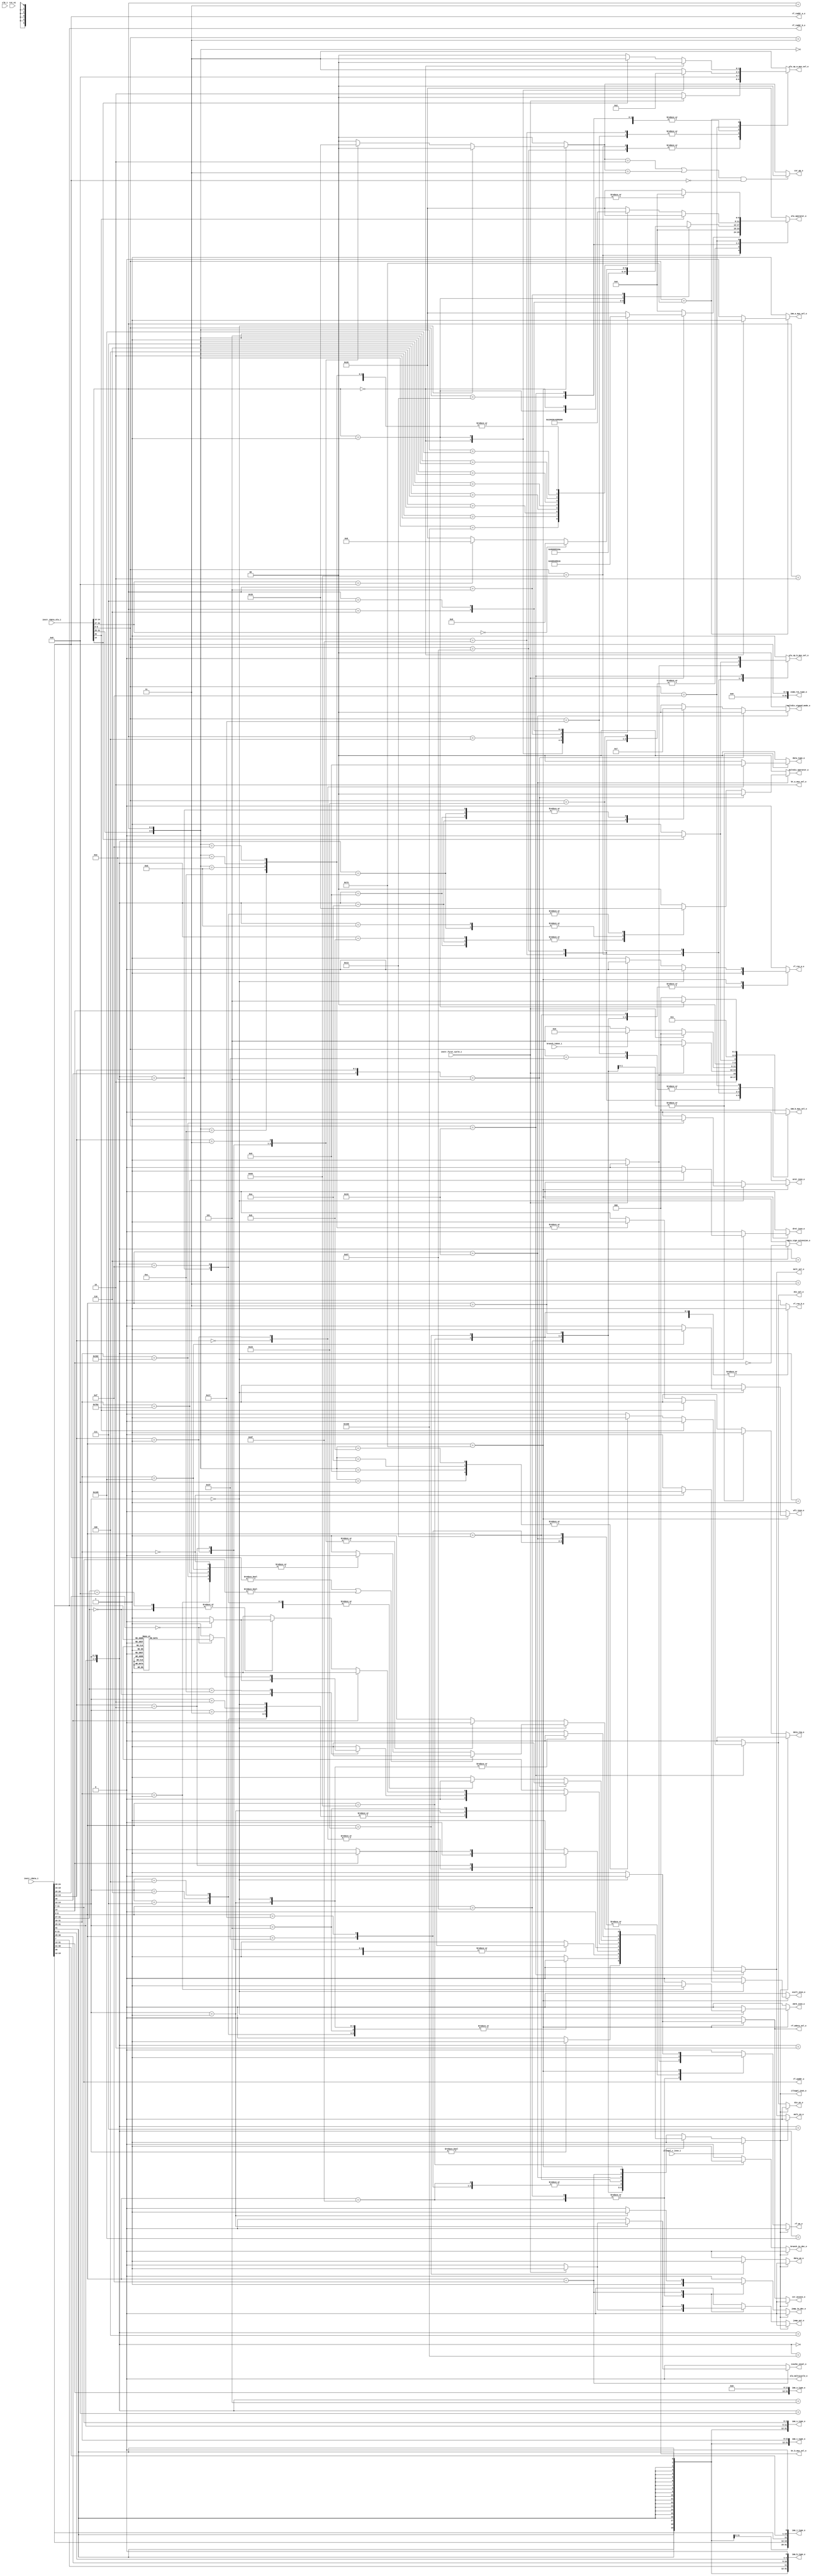
module ibex_decoder (
	clk_i,
	rst_ni,
	illegal_insn_o,
	ebrk_insn_o,
	mret_insn_o,
	dret_insn_o,
	ecall_insn_o,
	wfi_insn_o,
	jump_set_o,
	branch_taken_i,
	icache_inval_o,
	instr_first_cycle_i,
	instr_rdata_i,
	instr_rdata_alu_i,
	illegal_c_insn_i,
	imm_a_mux_sel_o,
	imm_b_mux_sel_o,
	bt_a_mux_sel_o,
	bt_b_mux_sel_o,
	imm_i_type_o,
	imm_s_type_o,
	imm_b_type_o,
	imm_u_type_o,
	imm_j_type_o,
	zimm_rs1_type_o,
	rf_wdata_sel_o,
	rf_we_o,
	rf_raddr_a_o,
	rf_raddr_b_o,
	rf_waddr_o,
	rf_ren_a_o,
	rf_ren_b_o,
	alu_operator_o,
	alu_op_a_mux_sel_o,
	alu_op_b_mux_sel_o,
	alu_multicycle_o,
	mult_en_o,
	div_en_o,
	mult_sel_o,
	div_sel_o,
	multdiv_operator_o,
	multdiv_signed_mode_o,
	csr_access_o,
	csr_op_o,
	data_req_o,
	data_we_o,
	data_type_o,
	data_sign_extension_o,
	jump_in_dec_o,
	branch_in_dec_o
);
	parameter [0:0] RV32E = 0;
	localparam integer ibex_pkg_RV32MFast = 2;
	parameter integer RV32M = ibex_pkg_RV32MFast;
	localparam integer ibex_pkg_RV32BNone = 0;
	parameter integer RV32B = ibex_pkg_RV32BNone;
	parameter [0:0] BranchTargetALU = 0;
	input wire clk_i;
	input wire rst_ni;
	output wire illegal_insn_o;
	output reg ebrk_insn_o;
	output reg mret_insn_o;
	output reg dret_insn_o;
	output reg ecall_insn_o;
	output reg wfi_insn_o;
	output reg jump_set_o;
	input wire branch_taken_i;
	output reg icache_inval_o;
	input wire instr_first_cycle_i;
	input wire [31:0] instr_rdata_i;
	input wire [31:0] instr_rdata_alu_i;
	input wire illegal_c_insn_i;
	output reg imm_a_mux_sel_o;
	output reg [2:0] imm_b_mux_sel_o;
	output reg [1:0] bt_a_mux_sel_o;
	output reg [2:0] bt_b_mux_sel_o;
	output wire [31:0] imm_i_type_o;
	output wire [31:0] imm_s_type_o;
	output wire [31:0] imm_b_type_o;
	output wire [31:0] imm_u_type_o;
	output wire [31:0] imm_j_type_o;
	output wire [31:0] zimm_rs1_type_o;
	output reg rf_wdata_sel_o;
	output wire rf_we_o;
	output wire [4:0] rf_raddr_a_o;
	output wire [4:0] rf_raddr_b_o;
	output wire [4:0] rf_waddr_o;
	output reg rf_ren_a_o;
	output reg rf_ren_b_o;
	output reg [5:0] alu_operator_o;
	output reg [1:0] alu_op_a_mux_sel_o;
	output reg alu_op_b_mux_sel_o;
	output reg alu_multicycle_o;
	output wire mult_en_o;
	output wire div_en_o;
	output reg mult_sel_o;
	output reg div_sel_o;
	output reg [1:0] multdiv_operator_o;
	output reg [1:0] multdiv_signed_mode_o;
	output reg csr_access_o;
	output reg [1:0] csr_op_o;
	output reg data_req_o;
	output reg data_we_o;
	output reg [1:0] data_type_o;
	output reg data_sign_extension_o;
	output reg jump_in_dec_o;
	output reg branch_in_dec_o;
	localparam integer RegFileFF = 0;
	localparam integer RegFileFPGA = 1;
	localparam integer RegFileLatch = 2;
	localparam integer RV32MNone = 0;
	localparam integer RV32MSlow = 1;
	localparam integer RV32MFast = 2;
	localparam integer RV32MSingleCycle = 3;
	localparam integer RV32BNone = 0;
	localparam integer RV32BBalanced = 1;
	localparam integer RV32BFull = 2;
	localparam [6:0] OPCODE_LOAD = 7'h03;
	localparam [6:0] OPCODE_MISC_MEM = 7'h0f;
	localparam [6:0] OPCODE_OP_IMM = 7'h13;
	localparam [6:0] OPCODE_AUIPC = 7'h17;
	localparam [6:0] OPCODE_STORE = 7'h23;
	localparam [6:0] OPCODE_OP = 7'h33;
	localparam [6:0] OPCODE_LUI = 7'h37;
	localparam [6:0] OPCODE_BRANCH = 7'h63;
	localparam [6:0] OPCODE_JALR = 7'h67;
	localparam [6:0] OPCODE_JAL = 7'h6f;
	localparam [6:0] OPCODE_SYSTEM = 7'h73;
	localparam [5:0] ALU_ADD = 0;
	localparam [5:0] ALU_SUB = 1;
	localparam [5:0] ALU_XOR = 2;
	localparam [5:0] ALU_OR = 3;
	localparam [5:0] ALU_AND = 4;
	localparam [5:0] ALU_XNOR = 5;
	localparam [5:0] ALU_ORN = 6;
	localparam [5:0] ALU_ANDN = 7;
	localparam [5:0] ALU_SRA = 8;
	localparam [5:0] ALU_SRL = 9;
	localparam [5:0] ALU_SLL = 10;
	localparam [5:0] ALU_SRO = 11;
	localparam [5:0] ALU_SLO = 12;
	localparam [5:0] ALU_ROR = 13;
	localparam [5:0] ALU_ROL = 14;
	localparam [5:0] ALU_GREV = 15;
	localparam [5:0] ALU_GORC = 16;
	localparam [5:0] ALU_SHFL = 17;
	localparam [5:0] ALU_UNSHFL = 18;
	localparam [5:0] ALU_LT = 19;
	localparam [5:0] ALU_LTU = 20;
	localparam [5:0] ALU_GE = 21;
	localparam [5:0] ALU_GEU = 22;
	localparam [5:0] ALU_EQ = 23;
	localparam [5:0] ALU_NE = 24;
	localparam [5:0] ALU_MIN = 25;
	localparam [5:0] ALU_MINU = 26;
	localparam [5:0] ALU_MAX = 27;
	localparam [5:0] ALU_MAXU = 28;
	localparam [5:0] ALU_PACK = 29;
	localparam [5:0] ALU_PACKU = 30;
	localparam [5:0] ALU_PACKH = 31;
	localparam [5:0] ALU_SEXTB = 32;
	localparam [5:0] ALU_SEXTH = 33;
	localparam [5:0] ALU_CLZ = 34;
	localparam [5:0] ALU_CTZ = 35;
	localparam [5:0] ALU_PCNT = 36;
	localparam [5:0] ALU_SLT = 37;
	localparam [5:0] ALU_SLTU = 38;
	localparam [5:0] ALU_CMOV = 39;
	localparam [5:0] ALU_CMIX = 40;
	localparam [5:0] ALU_FSL = 41;
	localparam [5:0] ALU_FSR = 42;
	localparam [5:0] ALU_SBSET = 43;
	localparam [5:0] ALU_SBCLR = 44;
	localparam [5:0] ALU_SBINV = 45;
	localparam [5:0] ALU_SBEXT = 46;
	localparam [5:0] ALU_BEXT = 47;
	localparam [5:0] ALU_BDEP = 48;
	localparam [5:0] ALU_BFP = 49;
	localparam [5:0] ALU_CLMUL = 50;
	localparam [5:0] ALU_CLMULR = 51;
	localparam [5:0] ALU_CLMULH = 52;
	localparam [5:0] ALU_CRC32_B = 53;
	localparam [5:0] ALU_CRC32C_B = 54;
	localparam [5:0] ALU_CRC32_H = 55;
	localparam [5:0] ALU_CRC32C_H = 56;
	localparam [5:0] ALU_CRC32_W = 57;
	localparam [5:0] ALU_CRC32C_W = 58;
	localparam [1:0] MD_OP_MULL = 0;
	localparam [1:0] MD_OP_MULH = 1;
	localparam [1:0] MD_OP_DIV = 2;
	localparam [1:0] MD_OP_REM = 3;
	localparam [1:0] CSR_OP_READ = 0;
	localparam [1:0] CSR_OP_WRITE = 1;
	localparam [1:0] CSR_OP_SET = 2;
	localparam [1:0] CSR_OP_CLEAR = 3;
	localparam [1:0] PRIV_LVL_M = 2'b11;
	localparam [1:0] PRIV_LVL_H = 2'b10;
	localparam [1:0] PRIV_LVL_S = 2'b01;
	localparam [1:0] PRIV_LVL_U = 2'b00;
	localparam [3:0] XDEBUGVER_NO = 4'd0;
	localparam [3:0] XDEBUGVER_STD = 4'd4;
	localparam [3:0] XDEBUGVER_NONSTD = 4'd15;
	localparam [1:0] WB_INSTR_LOAD = 0;
	localparam [1:0] WB_INSTR_STORE = 1;
	localparam [1:0] WB_INSTR_OTHER = 2;
	localparam [1:0] OP_A_REG_A = 0;
	localparam [1:0] OP_A_FWD = 1;
	localparam [1:0] OP_A_CURRPC = 2;
	localparam [1:0] OP_A_IMM = 3;
	localparam [0:0] IMM_A_Z = 0;
	localparam [0:0] IMM_A_ZERO = 1;
	localparam [0:0] OP_B_REG_B = 0;
	localparam [0:0] OP_B_IMM = 1;
	localparam [2:0] IMM_B_I = 0;
	localparam [2:0] IMM_B_S = 1;
	localparam [2:0] IMM_B_B = 2;
	localparam [2:0] IMM_B_U = 3;
	localparam [2:0] IMM_B_J = 4;
	localparam [2:0] IMM_B_INCR_PC = 5;
	localparam [2:0] IMM_B_INCR_ADDR = 6;
	localparam [0:0] RF_WD_EX = 0;
	localparam [0:0] RF_WD_CSR = 1;
	localparam [2:0] PC_BOOT = 0;
	localparam [2:0] PC_JUMP = 1;
	localparam [2:0] PC_EXC = 2;
	localparam [2:0] PC_ERET = 3;
	localparam [2:0] PC_DRET = 4;
	localparam [2:0] PC_BP = 5;
	localparam [1:0] EXC_PC_EXC = 0;
	localparam [1:0] EXC_PC_IRQ = 1;
	localparam [1:0] EXC_PC_DBD = 2;
	localparam [1:0] EXC_PC_DBG_EXC = 3;
	localparam [5:0] EXC_CAUSE_IRQ_SOFTWARE_M = {1'b1, 5'd3};
	localparam [5:0] EXC_CAUSE_IRQ_TIMER_M = {1'b1, 5'd7};
	localparam [5:0] EXC_CAUSE_IRQ_EXTERNAL_M = {1'b1, 5'd11};
	localparam [5:0] EXC_CAUSE_IRQ_NM = {1'b1, 5'd31};
	localparam [5:0] EXC_CAUSE_INSN_ADDR_MISA = {1'b0, 5'd0};
	localparam [5:0] EXC_CAUSE_INSTR_ACCESS_FAULT = {1'b0, 5'd1};
	localparam [5:0] EXC_CAUSE_ILLEGAL_INSN = {1'b0, 5'd2};
	localparam [5:0] EXC_CAUSE_BREAKPOINT = {1'b0, 5'd3};
	localparam [5:0] EXC_CAUSE_LOAD_ACCESS_FAULT = {1'b0, 5'd5};
	localparam [5:0] EXC_CAUSE_STORE_ACCESS_FAULT = {1'b0, 5'd7};
	localparam [5:0] EXC_CAUSE_ECALL_UMODE = {1'b0, 5'd8};
	localparam [5:0] EXC_CAUSE_ECALL_MMODE = {1'b0, 5'd11};
	localparam [2:0] DBG_CAUSE_NONE = 3'h0;
	localparam [2:0] DBG_CAUSE_EBREAK = 3'h1;
	localparam [2:0] DBG_CAUSE_TRIGGER = 3'h2;
	localparam [2:0] DBG_CAUSE_HALTREQ = 3'h3;
	localparam [2:0] DBG_CAUSE_STEP = 3'h4;
	localparam [31:0] PMP_MAX_REGIONS = 16;
	localparam [31:0] PMP_CFG_W = 8;
	localparam [31:0] PMP_I = 0;
	localparam [31:0] PMP_D = 1;
	localparam [1:0] PMP_ACC_EXEC = 2'b00;
	localparam [1:0] PMP_ACC_WRITE = 2'b01;
	localparam [1:0] PMP_ACC_READ = 2'b10;
	localparam [1:0] PMP_MODE_OFF = 2'b00;
	localparam [1:0] PMP_MODE_TOR = 2'b01;
	localparam [1:0] PMP_MODE_NA4 = 2'b10;
	localparam [1:0] PMP_MODE_NAPOT = 2'b11;
	localparam [11:0] CSR_MHARTID = 12'hf14;
	localparam [11:0] CSR_MSTATUS = 12'h300;
	localparam [11:0] CSR_MISA = 12'h301;
	localparam [11:0] CSR_MIE = 12'h304;
	localparam [11:0] CSR_MTVEC = 12'h305;
	localparam [11:0] CSR_MSCRATCH = 12'h340;
	localparam [11:0] CSR_MEPC = 12'h341;
	localparam [11:0] CSR_MCAUSE = 12'h342;
	localparam [11:0] CSR_MTVAL = 12'h343;
	localparam [11:0] CSR_MIP = 12'h344;
	localparam [11:0] CSR_PMPCFG0 = 12'h3a0;
	localparam [11:0] CSR_PMPCFG1 = 12'h3a1;
	localparam [11:0] CSR_PMPCFG2 = 12'h3a2;
	localparam [11:0] CSR_PMPCFG3 = 12'h3a3;
	localparam [11:0] CSR_PMPADDR0 = 12'h3b0;
	localparam [11:0] CSR_PMPADDR1 = 12'h3b1;
	localparam [11:0] CSR_PMPADDR2 = 12'h3b2;
	localparam [11:0] CSR_PMPADDR3 = 12'h3b3;
	localparam [11:0] CSR_PMPADDR4 = 12'h3b4;
	localparam [11:0] CSR_PMPADDR5 = 12'h3b5;
	localparam [11:0] CSR_PMPADDR6 = 12'h3b6;
	localparam [11:0] CSR_PMPADDR7 = 12'h3b7;
	localparam [11:0] CSR_PMPADDR8 = 12'h3b8;
	localparam [11:0] CSR_PMPADDR9 = 12'h3b9;
	localparam [11:0] CSR_PMPADDR10 = 12'h3ba;
	localparam [11:0] CSR_PMPADDR11 = 12'h3bb;
	localparam [11:0] CSR_PMPADDR12 = 12'h3bc;
	localparam [11:0] CSR_PMPADDR13 = 12'h3bd;
	localparam [11:0] CSR_PMPADDR14 = 12'h3be;
	localparam [11:0] CSR_PMPADDR15 = 12'h3bf;
	localparam [11:0] CSR_TSELECT = 12'h7a0;
	localparam [11:0] CSR_TDATA1 = 12'h7a1;
	localparam [11:0] CSR_TDATA2 = 12'h7a2;
	localparam [11:0] CSR_TDATA3 = 12'h7a3;
	localparam [11:0] CSR_MCONTEXT = 12'h7a8;
	localparam [11:0] CSR_SCONTEXT = 12'h7aa;
	localparam [11:0] CSR_DCSR = 12'h7b0;
	localparam [11:0] CSR_DPC = 12'h7b1;
	localparam [11:0] CSR_DSCRATCH0 = 12'h7b2;
	localparam [11:0] CSR_DSCRATCH1 = 12'h7b3;
	localparam [11:0] CSR_MCOUNTINHIBIT = 12'h320;
	localparam [11:0] CSR_MHPMEVENT3 = 12'h323;
	localparam [11:0] CSR_MHPMEVENT4 = 12'h324;
	localparam [11:0] CSR_MHPMEVENT5 = 12'h325;
	localparam [11:0] CSR_MHPMEVENT6 = 12'h326;
	localparam [11:0] CSR_MHPMEVENT7 = 12'h327;
	localparam [11:0] CSR_MHPMEVENT8 = 12'h328;
	localparam [11:0] CSR_MHPMEVENT9 = 12'h329;
	localparam [11:0] CSR_MHPMEVENT10 = 12'h32a;
	localparam [11:0] CSR_MHPMEVENT11 = 12'h32b;
	localparam [11:0] CSR_MHPMEVENT12 = 12'h32c;
	localparam [11:0] CSR_MHPMEVENT13 = 12'h32d;
	localparam [11:0] CSR_MHPMEVENT14 = 12'h32e;
	localparam [11:0] CSR_MHPMEVENT15 = 12'h32f;
	localparam [11:0] CSR_MHPMEVENT16 = 12'h330;
	localparam [11:0] CSR_MHPMEVENT17 = 12'h331;
	localparam [11:0] CSR_MHPMEVENT18 = 12'h332;
	localparam [11:0] CSR_MHPMEVENT19 = 12'h333;
	localparam [11:0] CSR_MHPMEVENT20 = 12'h334;
	localparam [11:0] CSR_MHPMEVENT21 = 12'h335;
	localparam [11:0] CSR_MHPMEVENT22 = 12'h336;
	localparam [11:0] CSR_MHPMEVENT23 = 12'h337;
	localparam [11:0] CSR_MHPMEVENT24 = 12'h338;
	localparam [11:0] CSR_MHPMEVENT25 = 12'h339;
	localparam [11:0] CSR_MHPMEVENT26 = 12'h33a;
	localparam [11:0] CSR_MHPMEVENT27 = 12'h33b;
	localparam [11:0] CSR_MHPMEVENT28 = 12'h33c;
	localparam [11:0] CSR_MHPMEVENT29 = 12'h33d;
	localparam [11:0] CSR_MHPMEVENT30 = 12'h33e;
	localparam [11:0] CSR_MHPMEVENT31 = 12'h33f;
	localparam [11:0] CSR_MCYCLE = 12'hb00;
	localparam [11:0] CSR_MINSTRET = 12'hb02;
	localparam [11:0] CSR_MHPMCOUNTER3 = 12'hb03;
	localparam [11:0] CSR_MHPMCOUNTER4 = 12'hb04;
	localparam [11:0] CSR_MHPMCOUNTER5 = 12'hb05;
	localparam [11:0] CSR_MHPMCOUNTER6 = 12'hb06;
	localparam [11:0] CSR_MHPMCOUNTER7 = 12'hb07;
	localparam [11:0] CSR_MHPMCOUNTER8 = 12'hb08;
	localparam [11:0] CSR_MHPMCOUNTER9 = 12'hb09;
	localparam [11:0] CSR_MHPMCOUNTER10 = 12'hb0a;
	localparam [11:0] CSR_MHPMCOUNTER11 = 12'hb0b;
	localparam [11:0] CSR_MHPMCOUNTER12 = 12'hb0c;
	localparam [11:0] CSR_MHPMCOUNTER13 = 12'hb0d;
	localparam [11:0] CSR_MHPMCOUNTER14 = 12'hb0e;
	localparam [11:0] CSR_MHPMCOUNTER15 = 12'hb0f;
	localparam [11:0] CSR_MHPMCOUNTER16 = 12'hb10;
	localparam [11:0] CSR_MHPMCOUNTER17 = 12'hb11;
	localparam [11:0] CSR_MHPMCOUNTER18 = 12'hb12;
	localparam [11:0] CSR_MHPMCOUNTER19 = 12'hb13;
	localparam [11:0] CSR_MHPMCOUNTER20 = 12'hb14;
	localparam [11:0] CSR_MHPMCOUNTER21 = 12'hb15;
	localparam [11:0] CSR_MHPMCOUNTER22 = 12'hb16;
	localparam [11:0] CSR_MHPMCOUNTER23 = 12'hb17;
	localparam [11:0] CSR_MHPMCOUNTER24 = 12'hb18;
	localparam [11:0] CSR_MHPMCOUNTER25 = 12'hb19;
	localparam [11:0] CSR_MHPMCOUNTER26 = 12'hb1a;
	localparam [11:0] CSR_MHPMCOUNTER27 = 12'hb1b;
	localparam [11:0] CSR_MHPMCOUNTER28 = 12'hb1c;
	localparam [11:0] CSR_MHPMCOUNTER29 = 12'hb1d;
	localparam [11:0] CSR_MHPMCOUNTER30 = 12'hb1e;
	localparam [11:0] CSR_MHPMCOUNTER31 = 12'hb1f;
	localparam [11:0] CSR_MCYCLEH = 12'hb80;
	localparam [11:0] CSR_MINSTRETH = 12'hb82;
	localparam [11:0] CSR_MHPMCOUNTER3H = 12'hb83;
	localparam [11:0] CSR_MHPMCOUNTER4H = 12'hb84;
	localparam [11:0] CSR_MHPMCOUNTER5H = 12'hb85;
	localparam [11:0] CSR_MHPMCOUNTER6H = 12'hb86;
	localparam [11:0] CSR_MHPMCOUNTER7H = 12'hb87;
	localparam [11:0] CSR_MHPMCOUNTER8H = 12'hb88;
	localparam [11:0] CSR_MHPMCOUNTER9H = 12'hb89;
	localparam [11:0] CSR_MHPMCOUNTER10H = 12'hb8a;
	localparam [11:0] CSR_MHPMCOUNTER11H = 12'hb8b;
	localparam [11:0] CSR_MHPMCOUNTER12H = 12'hb8c;
	localparam [11:0] CSR_MHPMCOUNTER13H = 12'hb8d;
	localparam [11:0] CSR_MHPMCOUNTER14H = 12'hb8e;
	localparam [11:0] CSR_MHPMCOUNTER15H = 12'hb8f;
	localparam [11:0] CSR_MHPMCOUNTER16H = 12'hb90;
	localparam [11:0] CSR_MHPMCOUNTER17H = 12'hb91;
	localparam [11:0] CSR_MHPMCOUNTER18H = 12'hb92;
	localparam [11:0] CSR_MHPMCOUNTER19H = 12'hb93;
	localparam [11:0] CSR_MHPMCOUNTER20H = 12'hb94;
	localparam [11:0] CSR_MHPMCOUNTER21H = 12'hb95;
	localparam [11:0] CSR_MHPMCOUNTER22H = 12'hb96;
	localparam [11:0] CSR_MHPMCOUNTER23H = 12'hb97;
	localparam [11:0] CSR_MHPMCOUNTER24H = 12'hb98;
	localparam [11:0] CSR_MHPMCOUNTER25H = 12'hb99;
	localparam [11:0] CSR_MHPMCOUNTER26H = 12'hb9a;
	localparam [11:0] CSR_MHPMCOUNTER27H = 12'hb9b;
	localparam [11:0] CSR_MHPMCOUNTER28H = 12'hb9c;
	localparam [11:0] CSR_MHPMCOUNTER29H = 12'hb9d;
	localparam [11:0] CSR_MHPMCOUNTER30H = 12'hb9e;
	localparam [11:0] CSR_MHPMCOUNTER31H = 12'hb9f;
	localparam [11:0] CSR_CPUCTRL = 12'h7c0;
	localparam [11:0] CSR_SECURESEED = 12'h7c1;
	localparam [11:0] CSR_OFF_PMP_CFG = 12'h3a0;
	localparam [11:0] CSR_OFF_PMP_ADDR = 12'h3b0;
	localparam [31:0] CSR_MSTATUS_MIE_BIT = 3;
	localparam [31:0] CSR_MSTATUS_MPIE_BIT = 7;
	localparam [31:0] CSR_MSTATUS_MPP_BIT_LOW = 11;
	localparam [31:0] CSR_MSTATUS_MPP_BIT_HIGH = 12;
	localparam [31:0] CSR_MSTATUS_MPRV_BIT = 17;
	localparam [31:0] CSR_MSTATUS_TW_BIT = 21;
	localparam [1:0] CSR_MISA_MXL = 2'd1;
	localparam [31:0] CSR_MSIX_BIT = 3;
	localparam [31:0] CSR_MTIX_BIT = 7;
	localparam [31:0] CSR_MEIX_BIT = 11;
	localparam [31:0] CSR_MFIX_BIT_LOW = 16;
	localparam [31:0] CSR_MFIX_BIT_HIGH = 30;
	reg illegal_insn;
	wire illegal_reg_rv32e;
	reg csr_illegal;
	reg rf_we;
	wire [31:0] instr;
	wire [31:0] instr_alu;
	wire [9:0] unused_instr_alu;
	wire [4:0] instr_rs1;
	wire [4:0] instr_rs2;
	wire [4:0] instr_rs3;
	wire [4:0] instr_rd;
	reg use_rs3_d;
	reg use_rs3_q;
	reg [1:0] csr_op;
	reg [6:0] opcode;
	reg [6:0] opcode_alu;
	assign instr = instr_rdata_i;
	assign instr_alu = instr_rdata_alu_i;
	assign imm_i_type_o = {{20 {instr[31]}}, instr[31:20]};
	assign imm_s_type_o = {{20 {instr[31]}}, instr[31:25], instr[11:7]};
	assign imm_b_type_o = {{19 {instr[31]}}, instr[31], instr[7], instr[30:25], instr[11:8], 1'b0};
	assign imm_u_type_o = {instr[31:12], 12'b000000000000};
	assign imm_j_type_o = {{12 {instr[31]}}, instr[19:12], instr[20], instr[30:21], 1'b0};
	assign zimm_rs1_type_o = {27'b000000000000000000000000000, instr_rs1};
	generate
		if (RV32B != RV32BNone) begin : gen_rs3_flop
			always @(posedge clk_i or negedge rst_ni)
				if (!rst_ni)
					use_rs3_q <= 1'b0;
				else
					use_rs3_q <= use_rs3_d;
		end
		else begin : gen_no_rs3_flop
			always @(*) use_rs3_q = use_rs3_d;
		end
	endgenerate
	assign instr_rs1 = instr[19:15];
	assign instr_rs2 = instr[24:20];
	assign instr_rs3 = instr[31:27];
	assign rf_raddr_a_o = (use_rs3_q & ~instr_first_cycle_i ? instr_rs3 : instr_rs1);
	assign rf_raddr_b_o = instr_rs2;
	assign instr_rd = instr[11:7];
	assign rf_waddr_o = instr_rd;
	generate
		if (RV32E) begin : gen_rv32e_reg_check_active
			assign illegal_reg_rv32e = ((rf_raddr_a_o[4] & (alu_op_a_mux_sel_o == OP_A_REG_A)) | (rf_raddr_b_o[4] & (alu_op_b_mux_sel_o == OP_B_REG_B))) | (rf_waddr_o[4] & rf_we);
		end
		else begin : gen_rv32e_reg_check_inactive
			assign illegal_reg_rv32e = 1'b0;
		end
	endgenerate
	always @(*) begin : csr_operand_check
		csr_op_o = csr_op;
		if (((csr_op == CSR_OP_SET) || (csr_op == CSR_OP_CLEAR)) && (instr_rs1 == {5 {1'sb0}}))
			csr_op_o = CSR_OP_READ;
	end
	function automatic [6:0] sv2v_cast_7;
		input reg [6:0] inp;
		sv2v_cast_7 = inp;
	endfunction
	always @(*) begin
		jump_in_dec_o = 1'b0;
		jump_set_o = 1'b0;
		branch_in_dec_o = 1'b0;
		icache_inval_o = 1'b0;
		multdiv_operator_o = MD_OP_MULL;
		multdiv_signed_mode_o = 2'b00;
		rf_wdata_sel_o = RF_WD_EX;
		rf_we = 1'b0;
		rf_ren_a_o = 1'b0;
		rf_ren_b_o = 1'b0;
		csr_access_o = 1'b0;
		csr_illegal = 1'b0;
		csr_op = CSR_OP_READ;
		data_we_o = 1'b0;
		data_type_o = 2'b00;
		data_sign_extension_o = 1'b0;
		data_req_o = 1'b0;
		illegal_insn = 1'b0;
		ebrk_insn_o = 1'b0;
		mret_insn_o = 1'b0;
		dret_insn_o = 1'b0;
		ecall_insn_o = 1'b0;
		wfi_insn_o = 1'b0;
		opcode = sv2v_cast_7(instr[6:0]);
		case (opcode)
			OPCODE_JAL: begin
				jump_in_dec_o = 1'b1;
				if (instr_first_cycle_i) begin
					rf_we = BranchTargetALU;
					jump_set_o = 1'b1;
				end
				else
					rf_we = 1'b1;
			end
			OPCODE_JALR: begin
				jump_in_dec_o = 1'b1;
				if (instr_first_cycle_i) begin
					rf_we = BranchTargetALU;
					jump_set_o = 1'b1;
				end
				else
					rf_we = 1'b1;
				if (instr[14:12] != 3'b000)
					illegal_insn = 1'b1;
				rf_ren_a_o = 1'b1;
			end
			OPCODE_BRANCH: begin
				branch_in_dec_o = 1'b1;
				case (instr[14:12])
					3'b000, 3'b001, 3'b100, 3'b101, 3'b110, 3'b111: illegal_insn = 1'b0;
					default: illegal_insn = 1'b1;
				endcase
				rf_ren_a_o = 1'b1;
				rf_ren_b_o = 1'b1;
			end
			OPCODE_STORE: begin
				rf_ren_a_o = 1'b1;
				rf_ren_b_o = 1'b1;
				data_req_o = 1'b1;
				data_we_o = 1'b1;
				if (instr[14])
					illegal_insn = 1'b1;
				case (instr[13:12])
					2'b00: data_type_o = 2'b10;
					2'b01: data_type_o = 2'b01;
					2'b10: data_type_o = 2'b00;
					default: illegal_insn = 1'b1;
				endcase
			end
			OPCODE_LOAD: begin
				rf_ren_a_o = 1'b1;
				data_req_o = 1'b1;
				data_type_o = 2'b00;
				data_sign_extension_o = ~instr[14];
				case (instr[13:12])
					2'b00: data_type_o = 2'b10;
					2'b01: data_type_o = 2'b01;
					2'b10: begin
						data_type_o = 2'b00;
						if (instr[14])
							illegal_insn = 1'b1;
					end
					default: illegal_insn = 1'b1;
				endcase
			end
			OPCODE_LUI: rf_we = 1'b1;
			OPCODE_AUIPC: rf_we = 1'b1;
			OPCODE_OP_IMM: begin
				rf_ren_a_o = 1'b1;
				rf_we = 1'b1;
				case (instr[14:12])
					3'b000, 3'b010, 3'b011, 3'b100, 3'b110, 3'b111: illegal_insn = 1'b0;
					3'b001:
						case (instr[31:27])
							5'b00000: illegal_insn = (instr[26:25] == 2'b00 ? 1'b0 : 1'b1);
							5'b00100, 5'b01001, 5'b00101, 5'b01101: illegal_insn = (RV32B != RV32BNone ? 1'b0 : 1'b1);
							5'b00001:
								if (instr[26] == 1'b0)
									illegal_insn = (RV32B == RV32BFull ? 1'b0 : 1'b1);
								else
									illegal_insn = 1'b1;
							5'b01100:
								case (instr[26:20])
									7'b0000000, 7'b0000001, 7'b0000010, 7'b0000100, 7'b0000101: illegal_insn = (RV32B != RV32BNone ? 1'b0 : 1'b1);
									7'b0010000, 7'b0010001, 7'b0010010, 7'b0011000, 7'b0011001, 7'b0011010: illegal_insn = (RV32B == RV32BFull ? 1'b0 : 1'b1);
									default: illegal_insn = 1'b1;
								endcase
							default: illegal_insn = 1'b1;
						endcase
					3'b101:
						if (instr[26])
							illegal_insn = (RV32B != RV32BNone ? 1'b0 : 1'b1);
						else
							case (instr[31:27])
								5'b00000, 5'b01000: illegal_insn = (instr[26:25] == 2'b00 ? 1'b0 : 1'b1);
								5'b00100, 5'b01100, 5'b01001: illegal_insn = (RV32B != RV32BNone ? 1'b0 : 1'b1);
								5'b01101:
									if (RV32B == RV32BFull)
										illegal_insn = 1'b0;
									else
										case (instr[24:20])
											5'b11111, 5'b11000: illegal_insn = (RV32B == RV32BBalanced ? 1'b0 : 1'b1);
											default: illegal_insn = 1'b1;
										endcase
								5'b00101:
									if (RV32B == RV32BFull)
										illegal_insn = 1'b0;
									else if (instr[24:20] == 5'b00111)
										illegal_insn = (RV32B == RV32BBalanced ? 1'b0 : 1'b1);
									else
										illegal_insn = 1'b1;
								5'b00001:
									if (instr[26] == 1'b0)
										illegal_insn = (RV32B == RV32BFull ? 1'b0 : 1'b1);
									else
										illegal_insn = 1'b1;
								default: illegal_insn = 1'b1;
							endcase
					default: illegal_insn = 1'b1;
				endcase
			end
			OPCODE_OP: begin
				rf_ren_a_o = 1'b1;
				rf_ren_b_o = 1'b1;
				rf_we = 1'b1;
				if ({instr[26], instr[13:12]} == {1'b1, 2'b01})
					illegal_insn = (RV32B != RV32BNone ? 1'b0 : 1'b1);
				else
					case ({instr[31:25], instr[14:12]})
						{7'b0000000, 3'b000}, {7'b0100000, 3'b000}, {7'b0000000, 3'b010}, {7'b0000000, 3'b011}, {7'b0000000, 3'b100}, {7'b0000000, 3'b110}, {7'b0000000, 3'b111}, {7'b0000000, 3'b001}, {7'b0000000, 3'b101}, {7'b0100000, 3'b101}: illegal_insn = 1'b0;
						{7'b0100000, 3'b111}, {7'b0100000, 3'b110}, {7'b0100000, 3'b100}, {7'b0010000, 3'b001}, {7'b0010000, 3'b101}, {7'b0110000, 3'b001}, {7'b0110000, 3'b101}, {7'b0000101, 3'b100}, {7'b0000101, 3'b101}, {7'b0000101, 3'b110}, {7'b0000101, 3'b111}, {7'b0000100, 3'b100}, {7'b0100100, 3'b100}, {7'b0000100, 3'b111}, {7'b0100100, 3'b001}, {7'b0010100, 3'b001}, {7'b0110100, 3'b001}, {7'b0100100, 3'b101}, {7'b0100100, 3'b111}: illegal_insn = (RV32B != RV32BNone ? 1'b0 : 1'b1);
						{7'b0100100, 3'b110}, {7'b0000100, 3'b110}, {7'b0110100, 3'b101}, {7'b0010100, 3'b101}, {7'b0000100, 3'b001}, {7'b0000100, 3'b101}, {7'b0000101, 3'b001}, {7'b0000101, 3'b010}, {7'b0000101, 3'b011}: illegal_insn = (RV32B == RV32BFull ? 1'b0 : 1'b1);
						{7'b0000001, 3'b000}: begin
							multdiv_operator_o = MD_OP_MULL;
							multdiv_signed_mode_o = 2'b00;
							illegal_insn = (RV32M == RV32MNone ? 1'b1 : 1'b0);
						end
						{7'b0000001, 3'b001}: begin
							multdiv_operator_o = MD_OP_MULH;
							multdiv_signed_mode_o = 2'b11;
							illegal_insn = (RV32M == RV32MNone ? 1'b1 : 1'b0);
						end
						{7'b0000001, 3'b010}: begin
							multdiv_operator_o = MD_OP_MULH;
							multdiv_signed_mode_o = 2'b01;
							illegal_insn = (RV32M == RV32MNone ? 1'b1 : 1'b0);
						end
						{7'b0000001, 3'b011}: begin
							multdiv_operator_o = MD_OP_MULH;
							multdiv_signed_mode_o = 2'b00;
							illegal_insn = (RV32M == RV32MNone ? 1'b1 : 1'b0);
						end
						{7'b0000001, 3'b100}: begin
							multdiv_operator_o = MD_OP_DIV;
							multdiv_signed_mode_o = 2'b11;
							illegal_insn = (RV32M == RV32MNone ? 1'b1 : 1'b0);
						end
						{7'b0000001, 3'b101}: begin
							multdiv_operator_o = MD_OP_DIV;
							multdiv_signed_mode_o = 2'b00;
							illegal_insn = (RV32M == RV32MNone ? 1'b1 : 1'b0);
						end
						{7'b0000001, 3'b110}: begin
							multdiv_operator_o = MD_OP_REM;
							multdiv_signed_mode_o = 2'b11;
							illegal_insn = (RV32M == RV32MNone ? 1'b1 : 1'b0);
						end
						{7'b0000001, 3'b111}: begin
							multdiv_operator_o = MD_OP_REM;
							multdiv_signed_mode_o = 2'b00;
							illegal_insn = (RV32M == RV32MNone ? 1'b1 : 1'b0);
						end
						default: illegal_insn = 1'b1;
					endcase
			end
			OPCODE_MISC_MEM:
				case (instr[14:12])
					3'b000: rf_we = 1'b0;
					3'b001: begin
						jump_in_dec_o = 1'b1;
						rf_we = 1'b0;
						if (instr_first_cycle_i) begin
							jump_set_o = 1'b1;
							icache_inval_o = 1'b1;
						end
					end
					default: illegal_insn = 1'b1;
				endcase
			OPCODE_SYSTEM:
				if (instr[14:12] == 3'b000) begin
					case (instr[31:20])
						12'h000: ecall_insn_o = 1'b1;
						12'h001: ebrk_insn_o = 1'b1;
						12'h302: mret_insn_o = 1'b1;
						12'h7b2: dret_insn_o = 1'b1;
						12'h105: wfi_insn_o = 1'b1;
						default: illegal_insn = 1'b1;
					endcase
					if ((instr_rs1 != 5'b00000) || (instr_rd != 5'b00000))
						illegal_insn = 1'b1;
				end
				else begin
					csr_access_o = 1'b1;
					rf_wdata_sel_o = RF_WD_CSR;
					rf_we = 1'b1;
					if (~instr[14])
						rf_ren_a_o = 1'b1;
					case (instr[13:12])
						2'b01: csr_op = CSR_OP_WRITE;
						2'b10: csr_op = CSR_OP_SET;
						2'b11: csr_op = CSR_OP_CLEAR;
						default: csr_illegal = 1'b1;
					endcase
					illegal_insn = csr_illegal;
				end
			default: illegal_insn = 1'b1;
		endcase
		if (illegal_c_insn_i)
			illegal_insn = 1'b1;
		if (illegal_insn) begin
			rf_we = 1'b0;
			data_req_o = 1'b0;
			data_we_o = 1'b0;
			jump_in_dec_o = 1'b0;
			jump_set_o = 1'b0;
			branch_in_dec_o = 1'b0;
			csr_access_o = 1'b0;
		end
	end
	always @(*) begin
		alu_operator_o = ALU_SLTU;
		alu_op_a_mux_sel_o = OP_A_IMM;
		alu_op_b_mux_sel_o = OP_B_IMM;
		imm_a_mux_sel_o = IMM_A_ZERO;
		imm_b_mux_sel_o = IMM_B_I;
		bt_a_mux_sel_o = OP_A_CURRPC;
		bt_b_mux_sel_o = IMM_B_I;
		opcode_alu = sv2v_cast_7(instr_alu[6:0]);
		use_rs3_d = 1'b0;
		alu_multicycle_o = 1'b0;
		mult_sel_o = 1'b0;
		div_sel_o = 1'b0;
		case (opcode_alu)
			OPCODE_JAL: begin
				if (BranchTargetALU) begin
					bt_a_mux_sel_o = OP_A_CURRPC;
					bt_b_mux_sel_o = IMM_B_J;
				end
				if (instr_first_cycle_i && !BranchTargetALU) begin
					alu_op_a_mux_sel_o = OP_A_CURRPC;
					alu_op_b_mux_sel_o = OP_B_IMM;
					imm_b_mux_sel_o = IMM_B_J;
					alu_operator_o = ALU_ADD;
				end
				else begin
					alu_op_a_mux_sel_o = OP_A_CURRPC;
					alu_op_b_mux_sel_o = OP_B_IMM;
					imm_b_mux_sel_o = IMM_B_INCR_PC;
					alu_operator_o = ALU_ADD;
				end
			end
			OPCODE_JALR: begin
				if (BranchTargetALU) begin
					bt_a_mux_sel_o = OP_A_REG_A;
					bt_b_mux_sel_o = IMM_B_I;
				end
				if (instr_first_cycle_i && !BranchTargetALU) begin
					alu_op_a_mux_sel_o = OP_A_REG_A;
					alu_op_b_mux_sel_o = OP_B_IMM;
					imm_b_mux_sel_o = IMM_B_I;
					alu_operator_o = ALU_ADD;
				end
				else begin
					alu_op_a_mux_sel_o = OP_A_CURRPC;
					alu_op_b_mux_sel_o = OP_B_IMM;
					imm_b_mux_sel_o = IMM_B_INCR_PC;
					alu_operator_o = ALU_ADD;
				end
			end
			OPCODE_BRANCH: begin
				case (instr_alu[14:12])
					3'b000: alu_operator_o = ALU_EQ;
					3'b001: alu_operator_o = ALU_NE;
					3'b100: alu_operator_o = ALU_LT;
					3'b101: alu_operator_o = ALU_GE;
					3'b110: alu_operator_o = ALU_LTU;
					3'b111: alu_operator_o = ALU_GEU;
					default:
						;
				endcase
				if (BranchTargetALU) begin
					bt_a_mux_sel_o = OP_A_CURRPC;
					bt_b_mux_sel_o = (branch_taken_i ? IMM_B_B : IMM_B_INCR_PC);
				end
				if (instr_first_cycle_i) begin
					alu_op_a_mux_sel_o = OP_A_REG_A;
					alu_op_b_mux_sel_o = OP_B_REG_B;
				end
				else begin
					alu_op_a_mux_sel_o = OP_A_CURRPC;
					alu_op_b_mux_sel_o = OP_B_IMM;
					imm_b_mux_sel_o = (branch_taken_i ? IMM_B_B : IMM_B_INCR_PC);
					alu_operator_o = ALU_ADD;
				end
			end
			OPCODE_STORE: begin
				alu_op_a_mux_sel_o = OP_A_REG_A;
				alu_op_b_mux_sel_o = OP_B_REG_B;
				alu_operator_o = ALU_ADD;
				if (!instr_alu[14]) begin
					imm_b_mux_sel_o = IMM_B_S;
					alu_op_b_mux_sel_o = OP_B_IMM;
				end
			end
			OPCODE_LOAD: begin
				alu_op_a_mux_sel_o = OP_A_REG_A;
				alu_operator_o = ALU_ADD;
				alu_op_b_mux_sel_o = OP_B_IMM;
				imm_b_mux_sel_o = IMM_B_I;
			end
			OPCODE_LUI: begin
				alu_op_a_mux_sel_o = OP_A_IMM;
				alu_op_b_mux_sel_o = OP_B_IMM;
				imm_a_mux_sel_o = IMM_A_ZERO;
				imm_b_mux_sel_o = IMM_B_U;
				alu_operator_o = ALU_ADD;
			end
			OPCODE_AUIPC: begin
				alu_op_a_mux_sel_o = OP_A_CURRPC;
				alu_op_b_mux_sel_o = OP_B_IMM;
				imm_b_mux_sel_o = IMM_B_U;
				alu_operator_o = ALU_ADD;
			end
			OPCODE_OP_IMM: begin
				alu_op_a_mux_sel_o = OP_A_REG_A;
				alu_op_b_mux_sel_o = OP_B_IMM;
				imm_b_mux_sel_o = IMM_B_I;
				case (instr_alu[14:12])
					3'b000: alu_operator_o = ALU_ADD;
					3'b010: alu_operator_o = ALU_SLT;
					3'b011: alu_operator_o = ALU_SLTU;
					3'b100: alu_operator_o = ALU_XOR;
					3'b110: alu_operator_o = ALU_OR;
					3'b111: alu_operator_o = ALU_AND;
					3'b001:
						if (RV32B != RV32BNone)
							case (instr_alu[31:27])
								5'b00000: alu_operator_o = ALU_SLL;
								5'b00100: alu_operator_o = ALU_SLO;
								5'b01001: alu_operator_o = ALU_SBCLR;
								5'b00101: alu_operator_o = ALU_SBSET;
								5'b01101: alu_operator_o = ALU_SBINV;
								5'b00001:
									if (instr_alu[26] == 0)
										alu_operator_o = ALU_SHFL;
								5'b01100:
									case (instr_alu[26:20])
										7'b0000000: alu_operator_o = ALU_CLZ;
										7'b0000001: alu_operator_o = ALU_CTZ;
										7'b0000010: alu_operator_o = ALU_PCNT;
										7'b0000100: alu_operator_o = ALU_SEXTB;
										7'b0000101: alu_operator_o = ALU_SEXTH;
										7'b0010000:
											if (RV32B == RV32BFull) begin
												alu_operator_o = ALU_CRC32_B;
												alu_multicycle_o = 1'b1;
											end
										7'b0010001:
											if (RV32B == RV32BFull) begin
												alu_operator_o = ALU_CRC32_H;
												alu_multicycle_o = 1'b1;
											end
										7'b0010010:
											if (RV32B == RV32BFull) begin
												alu_operator_o = ALU_CRC32_W;
												alu_multicycle_o = 1'b1;
											end
										7'b0011000:
											if (RV32B == RV32BFull) begin
												alu_operator_o = ALU_CRC32C_B;
												alu_multicycle_o = 1'b1;
											end
										7'b0011001:
											if (RV32B == RV32BFull) begin
												alu_operator_o = ALU_CRC32C_H;
												alu_multicycle_o = 1'b1;
											end
										7'b0011010:
											if (RV32B == RV32BFull) begin
												alu_operator_o = ALU_CRC32C_W;
												alu_multicycle_o = 1'b1;
											end
										default:
											;
									endcase
								default:
									;
							endcase
						else
							alu_operator_o = ALU_SLL;
					3'b101:
						if (RV32B != RV32BNone) begin
							if (instr_alu[26] == 1'b1) begin
								alu_operator_o = ALU_FSR;
								alu_multicycle_o = 1'b1;
								if (instr_first_cycle_i)
									use_rs3_d = 1'b1;
								else
									use_rs3_d = 1'b0;
							end
							else
								case (instr_alu[31:27])
									5'b00000: alu_operator_o = ALU_SRL;
									5'b01000: alu_operator_o = ALU_SRA;
									5'b00100: alu_operator_o = ALU_SRO;
									5'b01001: alu_operator_o = ALU_SBEXT;
									5'b01100: begin
										alu_operator_o = ALU_ROR;
										alu_multicycle_o = 1'b1;
									end
									5'b01101: alu_operator_o = ALU_GREV;
									5'b00101: alu_operator_o = ALU_GORC;
									5'b00001:
										if (RV32B == RV32BFull)
											if (instr_alu[26] == 1'b0)
												alu_operator_o = ALU_UNSHFL;
									default:
										;
								endcase
						end
						else if (instr_alu[31:27] == 5'b00000)
							alu_operator_o = ALU_SRL;
						else if (instr_alu[31:27] == 5'b01000)
							alu_operator_o = ALU_SRA;
					default:
						;
				endcase
			end
			OPCODE_OP: begin
				alu_op_a_mux_sel_o = OP_A_REG_A;
				alu_op_b_mux_sel_o = OP_B_REG_B;
				if (instr_alu[26]) begin
					if (RV32B != RV32BNone)
						case ({instr_alu[26:25], instr_alu[14:12]})
							{2'b11, 3'b001}: begin
								alu_operator_o = ALU_CMIX;
								alu_multicycle_o = 1'b1;
								if (instr_first_cycle_i)
									use_rs3_d = 1'b1;
								else
									use_rs3_d = 1'b0;
							end
							{2'b11, 3'b101}: begin
								alu_operator_o = ALU_CMOV;
								alu_multicycle_o = 1'b1;
								if (instr_first_cycle_i)
									use_rs3_d = 1'b1;
								else
									use_rs3_d = 1'b0;
							end
							{2'b10, 3'b001}: begin
								alu_operator_o = ALU_FSL;
								alu_multicycle_o = 1'b1;
								if (instr_first_cycle_i)
									use_rs3_d = 1'b1;
								else
									use_rs3_d = 1'b0;
							end
							{2'b10, 3'b101}: begin
								alu_operator_o = ALU_FSR;
								alu_multicycle_o = 1'b1;
								if (instr_first_cycle_i)
									use_rs3_d = 1'b1;
								else
									use_rs3_d = 1'b0;
							end
							default:
								;
						endcase
				end
				else
					case ({instr_alu[31:25], instr_alu[14:12]})
						{7'b0000000, 3'b000}: alu_operator_o = ALU_ADD;
						{7'b0100000, 3'b000}: alu_operator_o = ALU_SUB;
						{7'b0000000, 3'b010}: alu_operator_o = ALU_SLT;
						{7'b0000000, 3'b011}: alu_operator_o = ALU_SLTU;
						{7'b0000000, 3'b100}: alu_operator_o = ALU_XOR;
						{7'b0000000, 3'b110}: alu_operator_o = ALU_OR;
						{7'b0000000, 3'b111}: alu_operator_o = ALU_AND;
						{7'b0000000, 3'b001}: alu_operator_o = ALU_SLL;
						{7'b0000000, 3'b101}: alu_operator_o = ALU_SRL;
						{7'b0100000, 3'b101}: alu_operator_o = ALU_SRA;
						{7'b0010000, 3'b001}:
							if (RV32B != RV32BNone)
								alu_operator_o = ALU_SLO;
						{7'b0010000, 3'b101}:
							if (RV32B != RV32BNone)
								alu_operator_o = ALU_SRO;
						{7'b0110000, 3'b001}:
							if (RV32B != RV32BNone) begin
								alu_operator_o = ALU_ROL;
								alu_multicycle_o = 1'b1;
							end
						{7'b0110000, 3'b101}:
							if (RV32B != RV32BNone) begin
								alu_operator_o = ALU_ROR;
								alu_multicycle_o = 1'b1;
							end
						{7'b0000101, 3'b100}:
							if (RV32B != RV32BNone)
								alu_operator_o = ALU_MIN;
						{7'b0000101, 3'b101}:
							if (RV32B != RV32BNone)
								alu_operator_o = ALU_MAX;
						{7'b0000101, 3'b110}:
							if (RV32B != RV32BNone)
								alu_operator_o = ALU_MINU;
						{7'b0000101, 3'b111}:
							if (RV32B != RV32BNone)
								alu_operator_o = ALU_MAXU;
						{7'b0000100, 3'b100}:
							if (RV32B != RV32BNone)
								alu_operator_o = ALU_PACK;
						{7'b0100100, 3'b100}:
							if (RV32B != RV32BNone)
								alu_operator_o = ALU_PACKU;
						{7'b0000100, 3'b111}:
							if (RV32B != RV32BNone)
								alu_operator_o = ALU_PACKH;
						{7'b0100000, 3'b100}:
							if (RV32B != RV32BNone)
								alu_operator_o = ALU_XNOR;
						{7'b0100000, 3'b110}:
							if (RV32B != RV32BNone)
								alu_operator_o = ALU_ORN;
						{7'b0100000, 3'b111}:
							if (RV32B != RV32BNone)
								alu_operator_o = ALU_ANDN;
						{7'b0100100, 3'b001}:
							if (RV32B != RV32BNone)
								alu_operator_o = ALU_SBCLR;
						{7'b0010100, 3'b001}:
							if (RV32B != RV32BNone)
								alu_operator_o = ALU_SBSET;
						{7'b0110100, 3'b001}:
							if (RV32B != RV32BNone)
								alu_operator_o = ALU_SBINV;
						{7'b0100100, 3'b101}:
							if (RV32B != RV32BNone)
								alu_operator_o = ALU_SBEXT;
						{7'b0100100, 3'b111}:
							if (RV32B != RV32BNone)
								alu_operator_o = ALU_BFP;
						{7'b0110100, 3'b101}:
							if (RV32B != RV32BNone)
								alu_operator_o = ALU_GREV;
						{7'b0010100, 3'b101}:
							if (RV32B != RV32BNone)
								alu_operator_o = ALU_GORC;
						{7'b0000100, 3'b001}:
							if (RV32B == RV32BFull)
								alu_operator_o = ALU_SHFL;
						{7'b0000100, 3'b101}:
							if (RV32B == RV32BFull)
								alu_operator_o = ALU_UNSHFL;
						{7'b0000101, 3'b001}:
							if (RV32B == RV32BFull)
								alu_operator_o = ALU_CLMUL;
						{7'b0000101, 3'b010}:
							if (RV32B == RV32BFull)
								alu_operator_o = ALU_CLMULR;
						{7'b0000101, 3'b011}:
							if (RV32B == RV32BFull)
								alu_operator_o = ALU_CLMULH;
						{7'b0100100, 3'b110}:
							if (RV32B == RV32BFull) begin
								alu_operator_o = ALU_BDEP;
								alu_multicycle_o = 1'b1;
							end
						{7'b0000100, 3'b110}:
							if (RV32B == RV32BFull) begin
								alu_operator_o = ALU_BEXT;
								alu_multicycle_o = 1'b1;
							end
						{7'b0000001, 3'b000}: begin
							alu_operator_o = ALU_ADD;
							mult_sel_o = (RV32M == RV32MNone ? 1'b0 : 1'b1);
						end
						{7'b0000001, 3'b001}: begin
							alu_operator_o = ALU_ADD;
							mult_sel_o = (RV32M == RV32MNone ? 1'b0 : 1'b1);
						end
						{7'b0000001, 3'b010}: begin
							alu_operator_o = ALU_ADD;
							mult_sel_o = (RV32M == RV32MNone ? 1'b0 : 1'b1);
						end
						{7'b0000001, 3'b011}: begin
							alu_operator_o = ALU_ADD;
							mult_sel_o = (RV32M == RV32MNone ? 1'b0 : 1'b1);
						end
						{7'b0000001, 3'b100}: begin
							alu_operator_o = ALU_ADD;
							div_sel_o = (RV32M == RV32MNone ? 1'b0 : 1'b1);
						end
						{7'b0000001, 3'b101}: begin
							alu_operator_o = ALU_ADD;
							div_sel_o = (RV32M == RV32MNone ? 1'b0 : 1'b1);
						end
						{7'b0000001, 3'b110}: begin
							alu_operator_o = ALU_ADD;
							div_sel_o = (RV32M == RV32MNone ? 1'b0 : 1'b1);
						end
						{7'b0000001, 3'b111}: begin
							alu_operator_o = ALU_ADD;
							div_sel_o = (RV32M == RV32MNone ? 1'b0 : 1'b1);
						end
						default:
							;
					endcase
			end
			OPCODE_MISC_MEM:
				case (instr_alu[14:12])
					3'b000: begin
						alu_operator_o = ALU_ADD;
						alu_op_a_mux_sel_o = OP_A_REG_A;
						alu_op_b_mux_sel_o = OP_B_IMM;
					end
					3'b001:
						if (BranchTargetALU) begin
							bt_a_mux_sel_o = OP_A_CURRPC;
							bt_b_mux_sel_o = IMM_B_INCR_PC;
						end
						else begin
							alu_op_a_mux_sel_o = OP_A_CURRPC;
							alu_op_b_mux_sel_o = OP_B_IMM;
							imm_b_mux_sel_o = IMM_B_INCR_PC;
							alu_operator_o = ALU_ADD;
						end
					default:
						;
				endcase
			OPCODE_SYSTEM:
				if (instr_alu[14:12] == 3'b000) begin
					alu_op_a_mux_sel_o = OP_A_REG_A;
					alu_op_b_mux_sel_o = OP_B_IMM;
				end
				else begin
					alu_op_b_mux_sel_o = OP_B_IMM;
					imm_a_mux_sel_o = IMM_A_Z;
					imm_b_mux_sel_o = IMM_B_I;
					if (instr_alu[14])
						alu_op_a_mux_sel_o = OP_A_IMM;
					else
						alu_op_a_mux_sel_o = OP_A_REG_A;
				end
			default:
				;
		endcase
	end
	assign mult_en_o = (illegal_insn ? 1'b0 : mult_sel_o);
	assign div_en_o = (illegal_insn ? 1'b0 : div_sel_o);
	assign illegal_insn_o = illegal_insn | illegal_reg_rv32e;
	assign rf_we_o = rf_we & ~illegal_reg_rv32e;
	assign unused_instr_alu = {instr_alu[19:15], instr_alu[11:7]};
endmodule